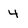
Character: 4